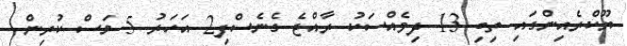
ޔޫކްރެއިންގައި ތިބި 13 ދިވެއްސަކު ރާއްޖެ ގެނެސްފި2 އަހަރު 5 މަސް ކުރިން.